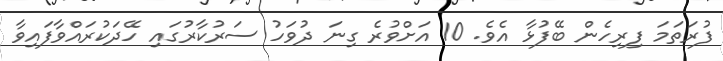
ފުރަތަމަ ފިރިހެން ބޭފުޅާ އެވެ. 10 އަށްވުރެ ގިނަ ދުވަހު ސަރުކާރުގައި ހޭދަކުރައްވާފައިވާ